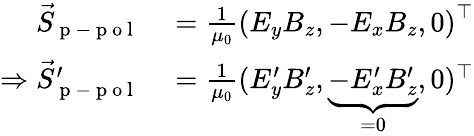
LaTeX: \begin{array}{rl}{\vec{S}_{\mathrm{~p~-~p~o~l~}}}&{{}=\frac{1}{\mu_{0}}\left(E_{y}B_{z},-E_{x}B_{z},0\right)^{\top}}\\ {\Rightarrow\vec{S}_{\mathrm{~p~-~p~o~l~}}^{\prime}}&{{}=\frac{1}{\mu_{0}}(E_{y}^{\prime}B_{z}^{\prime},\underbrace{-E_{x}^{\prime}B_{z}^{\prime}}_{=0},0)^{\top}}\end{array}